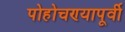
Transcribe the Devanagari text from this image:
पोहोचण्यापूर्वी